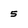
Character: 5